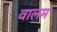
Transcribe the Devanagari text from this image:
वालम